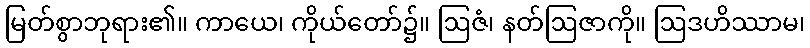
မြတ်စွာဘုရား၏။ ကာယေ၊ ကိုယ်တော်၌။ ဩဇံ၊ နတ်ဩဇာကို။ ဩဒဟိဿာမ၊